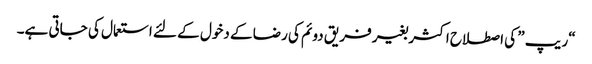
“ریپ ” کی اصطلاح اکثر بغیر فریق دوئم کی رضا کے دخول کے لئے استعمال کی جاتی ہے۔